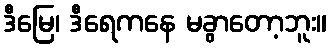
ဒီမြေ၊ ဒီရေကနေ မခွာတော့ဘူး။